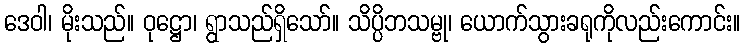
ဒေဝါ၊ မိုးသည်။ ဝုဋ္ဌော၊ ရွာသည်ရှိသော်။ သိပ္ပိဘသမ္ဗု၊ ယောက်သွားခရုကိုလည်းကောင်း။